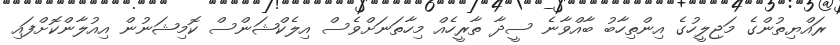
ރައްޔިތުންގެ މަޖިލީހުގެ އިންތިހާބު ބާއްވާނެ ސީދާ ތާރީހެއް މިހާތަނަށްވެސް އިލެކްޝަންސް ކޮމިޝަނުން އިއުލާންކޮށްފައި